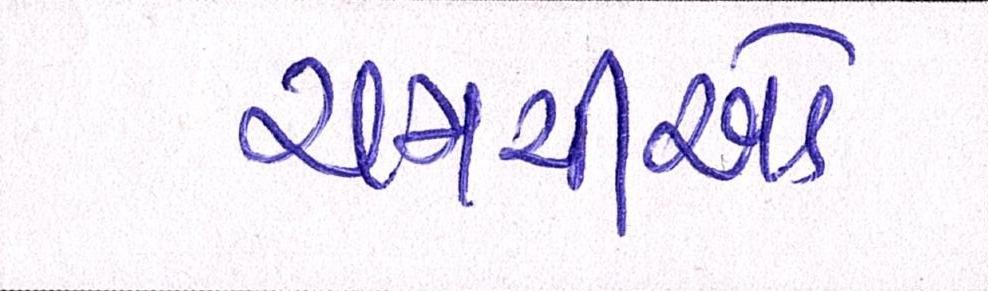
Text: ચમચીઓ